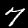
Digit: 7